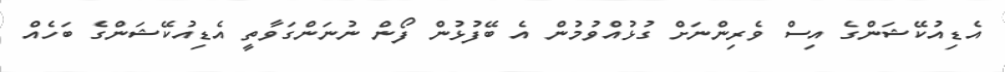
އެޑިއުކޭޝަންގެ އިސް ވެރިންނަށް ގުޅުއްވުމުން އެ ބޭފުޅުން ފޯން ނުނަންގަވާތީ އެޑިއުކޭޝަންގެ ބަހެއް